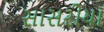
સાસરીયા